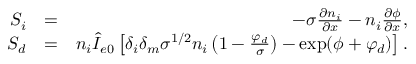
\begin{array} { r l r } { { \normalcolor S _ { i } } } & { { } { \normalcolor = } } & { { \normalcolor - \sigma \frac { \partial n _ { i } } { \partial x } - n _ { i } \frac { \partial \phi } { \partial x } , } } \\ { { \normalcolor S _ { d } } } & { { } { \normalcolor = } } & { { \normalcolor n _ { i } \hat { I } _ { e 0 } \left[ \delta _ { i } \delta _ { m } \sigma ^ { 1 / 2 } n _ { i } \left( 1 - \frac { \varphi _ { d } } { \sigma } \right) - \exp ( \phi + \varphi _ { d } ) \right] . } } \end{array}